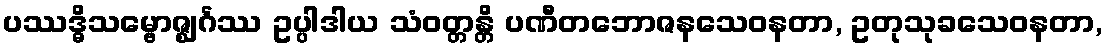
ပဿဒ္ဓိသမ္ဗောဇ္ဈင်္ဂဿ ဥပ္ပါဒါယ သံဝတ္တန္တိ ပဏီတဘောဇနသေဝနတာ, ဥတုသုခသေဝနတာ,